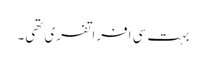
بہت سی افراتفری تھی۔